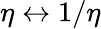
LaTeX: \eta\leftrightarrow 1/\eta